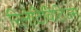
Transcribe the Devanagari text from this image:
रिलेटिविटिज्म